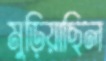
মুড়িয়াছিল